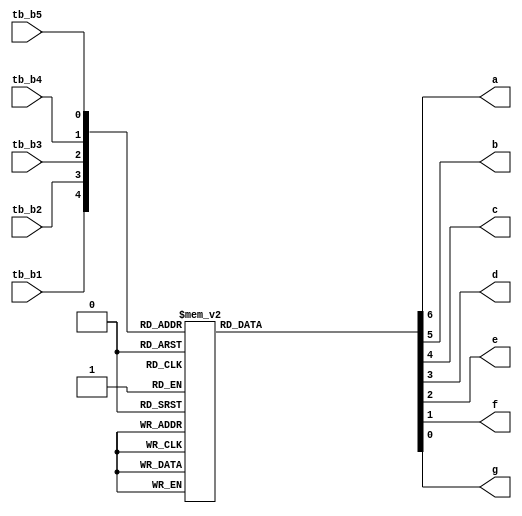
module Circuito (a, b, c, d, e, f, g, tb_b5, tb_b4, tb_b3, tb_b2, tb_b1);
    reg  [6:0] resultado;
    output a, b, c, d, e, f, g;
    input tb_b5, tb_b4, tb_b3, tb_b2, tb_b1;
    always @(*)
    begin
        case({tb_b1, tb_b2, tb_b3, tb_b4, tb_b5})
            5'b00000: resultado = 7'b0001110; //L
            5'b00001: resultado = 7'b1011111; //6
            5'b00010: resultado = 7'b0011100; //V
            5'b00011: resultado = 7'b1100111; //P
            5'b00100: resultado = 7'b0111100; //J
            5'b00101: resultado = 7'b0000101; //R
            5'b00110: resultado = 7'b1110000; //7
            5'b00111: resultado = 7'b1101101; //2
            5'b01000: resultado = 7'b0111110; //U
            5'b01001: resultado = 7'b0011111; //B
            5'b01010: resultado = 7'b1101101; //Z
            5'b01011: resultado = 7'b0110011; //4
            5'b01100: resultado = 7'b1111111; //8
            5'b01101: resultado = 7'b0101010; //W
            5'b01110: resultado = 7'b1001111; //E
            5'b01111: resultado = 7'b1111110; //0
            5'b10000: resultado = 7'b1111001; //3
            5'b10001: resultado = 7'b1110111; //A
            5'b10010: resultado = 7'b1111110; //O
            5'b10011: resultado = 7'b1100000; //1
            default: resultado = 7'b0000000;
        endcase
    end
    assign {a, b, c, d, e, f, g} = resultado;
endmodule